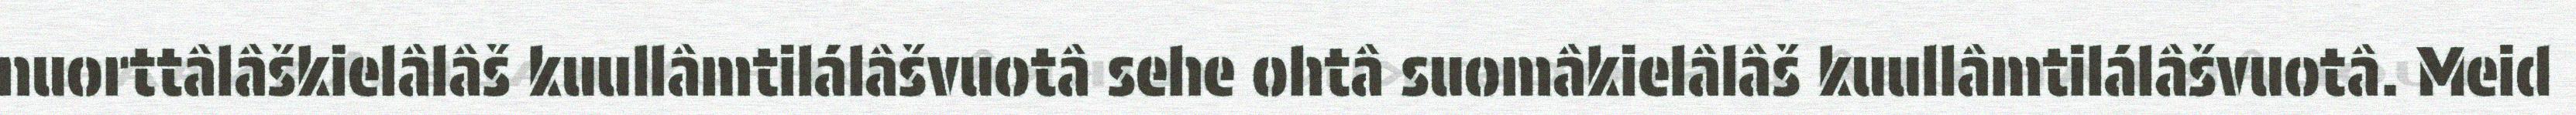
nuorttâlâškielâlâš kuullâmtilálâšvuotâ sehe ohtâ suomâkielâlâš kuullâmtilálâšvuotâ. Meid